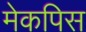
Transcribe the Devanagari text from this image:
मेकपिस